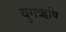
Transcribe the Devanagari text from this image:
युगऋषि